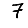
Digit: 7